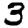
Digit: 3